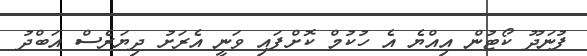
ފުނަދޫ ކޯޓުން އިއްޔެ އެ ހުކުމް ކޮށްފައި ވަނީ އެރަށު ދިޔަރެސް އަބްދު